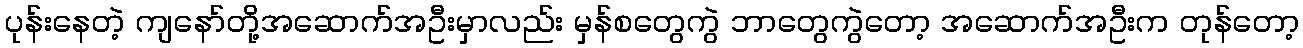
ပုန်းနေတဲ့ ကျနော်တို့အဆောက်အဦးမှာလည်း မှန်စတွေကွဲ ဘာတွေကွဲတော့ အဆောက်အဦးက တုန်တော့